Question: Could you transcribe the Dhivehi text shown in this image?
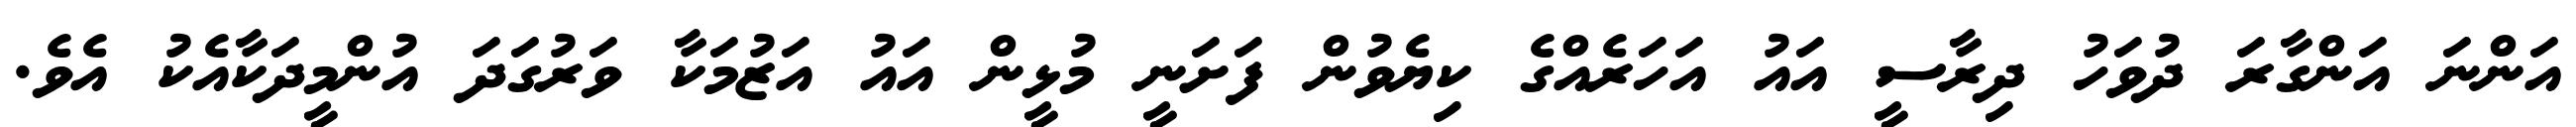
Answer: އަންނަ އަންގާރަ ދުވަހު ދިރާސީ އައު އަހަރެއްގެ ކިޔެވުން ފަށަނީ މުޅީން އައު އަޒުމަކާ ވަރުގަދަ އުންމީދަކާއެކު އެވެ.